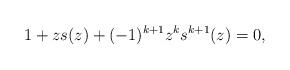
LaTeX: \begin{align*} 1+zs(z)+(-1)^{k+1}z^ks^{k+1}(z)=0,\end{align*}